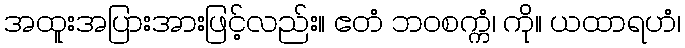
အထူးအပြားအားဖြင့်လည်း။ ဧတံ ဘဝစက္ကံ၊ ကို။ ယထာရဟံ၊